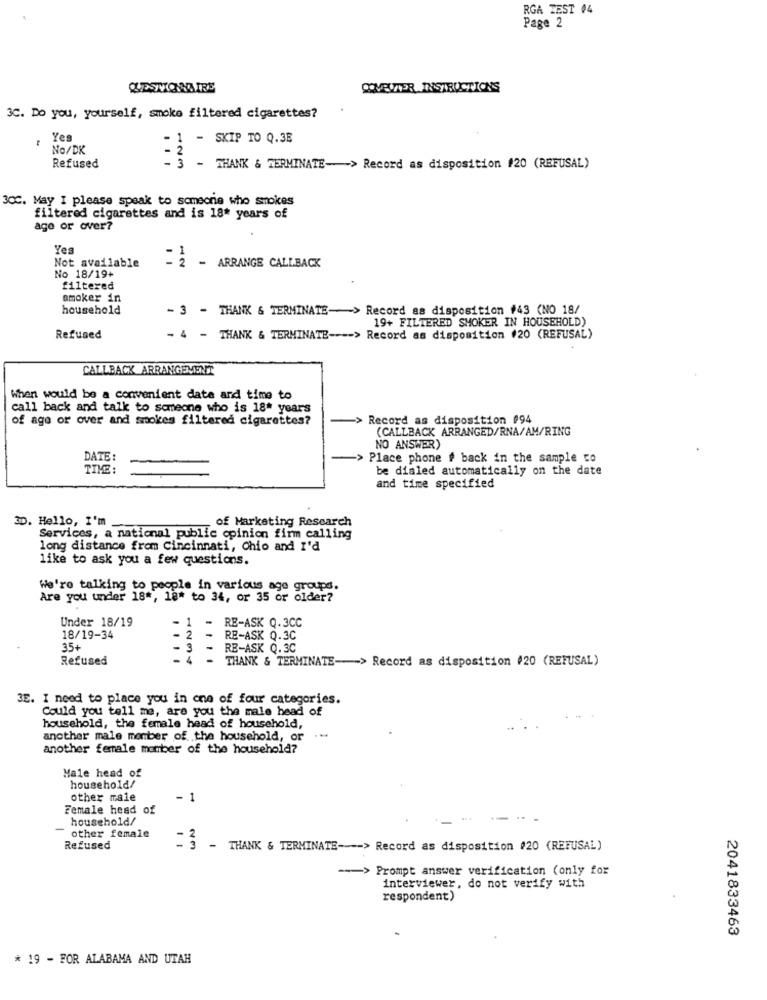
RGA TEST #4
Page 2
GESTIONNAIRE
COMPUTER INSTRUCTIONS
3C. Do you, yourself, smoke filtered cigarettes?
Yes
- SKIP TO Q.3E
No/DK
- 2
- 3
Refused
- THANK & TERMINATE-> Record as disposition #20 (REFUSAL)
3CC. May I please speak to someone who smokes
filtered cigarettes and is 18* years of
age or over?
Yes
Not available
. 1
2 - ARRANGE CALLBACK
No 18/19+
filtered
smoker in
household
- 3 - THANK & TERMINATE-> Record as disposition #43 (NO 18/
19+ FILTERED SMOKER IN HOUSEHOLD)
Refused
- 4 - THANK & TERMINATE ---- > Record as disposition (20 (REFUSAL)
CALLBACK ARRANGEMENT
When would be a convenient date and time to
call back and talk to someone who is 18* years
of age or over and smokes filtered cigarettes?
> Record as disposition #94
(CALLBACK ARRANGED/RNA/AM/RING
NO ANSWER)
DATE:
Place phone # back in the sample co
TIME :
be dialed automatically on the date
and time specified
3D. Hello, I'm
of Marketing Research
Services, a national public opinion firm calling
long distance from Cincinnati, Chio and I'd
like to ask you a few questions.
We're talking to people in various age groups.
Are you under 18 *, 18* to 34, or 35 or older?
Under 18/19
1
-
RE-ASK Q.3CC
18/19-34
2
RB-ASK Q.3C
35+
-
.3
-
RE-ASK Q.3C
Refused
THANK & TERMINATE -- > Record as disposition #20 (REFUSAL)
35. I need to place you in one of four categories.
Could you tell me, are you the male head of
household, the female head of household,
another male member of the household, or
another female member of the household?
Male head of
household/
other male
- 1
Female head of
household/
other female
Refused
= '3 - THANK & TERMINATE --- > Record as disposition #20 (REFUSAL)
--- > Prompt answer verification (only for
interviewer, do not verify with
respondent)
2041833463
* 19 - FOR ALABAMA AND UTAH